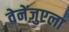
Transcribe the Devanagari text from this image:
वेनेंज़ुएला